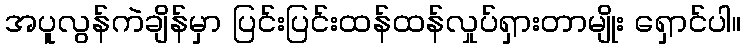
အပူလွန်ကဲချိန်မှာ ပြင်းပြင်းထန်ထန်လှုပ်ရှားတာမျိုး ရှောင်ပါ။